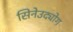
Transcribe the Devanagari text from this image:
सिनेउद्योग